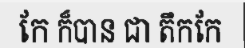
កែ ក៏បាន ជា តឹកកែ